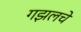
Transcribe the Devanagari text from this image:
गझलचे